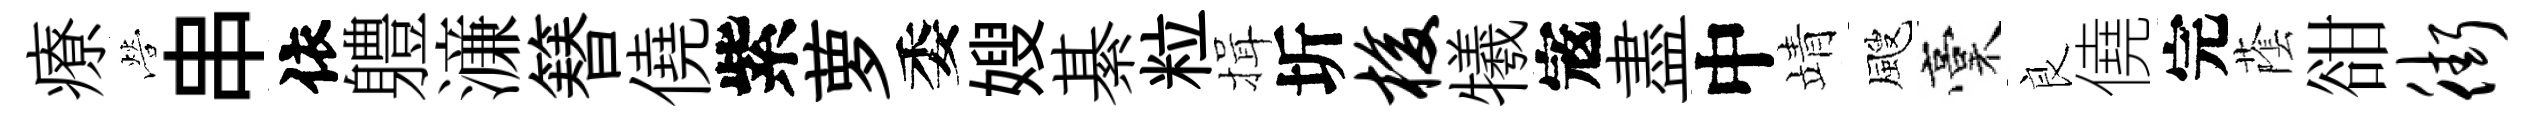
療營串依軆濓簮僥紫萝委嫂綦粒揖圻梭犧𡨥盡中靖颼稾良僥完䕃𧮳街